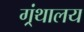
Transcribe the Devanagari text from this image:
ग्र्ंथालय